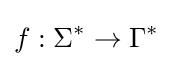
f:\Sigma ^{*}\rightarrow \Gamma ^{*}